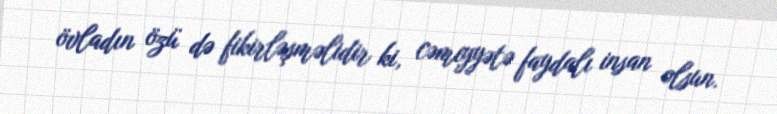
övladın özü də fikirləşməlidir ki, cəmiyyətə faydalı insan olsun.